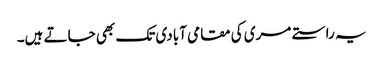
یہ راستے مری کی مقامی آبادی تک بھی جاتے ہیں۔